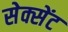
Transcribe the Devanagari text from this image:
सेक्सेंट